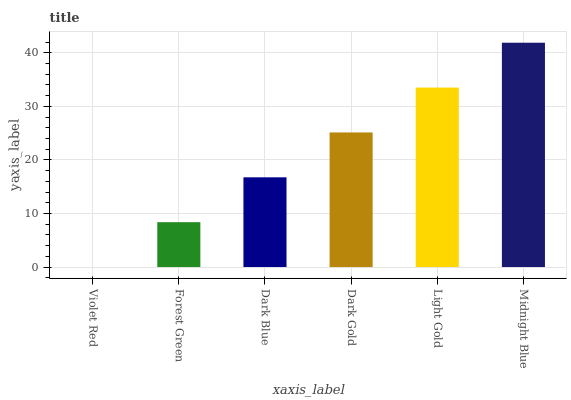
| xaxis_label | bars |
 | --- | --- |
 | Violet Red | 0 |
 | Forest Green | 8.38 |
 | Dark Blue | 16.8 |
 | Dark Gold | 25.1 |
 | Light Gold | 33.5 |
 | Midnight Blue | 41.9 |